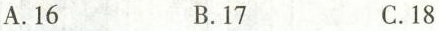
A.16 B.17 C.18